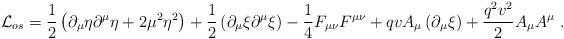
LaTeX: \begin{align*}\mathcal{L}_{os}=\frac{1}{2}\left( \partial _{\mu }\eta \partial ^{\mu }\eta+2\mu ^{2}\eta ^{2}\right) +\frac{1}{2}\left( \partial _{\mu }\xi \partial^{\mu }\xi \right) -\frac{1}{4}F_{\mu \nu }F^{\mu \nu }+qvA_{\mu }\left(\partial _{\mu }\xi \right) +\frac{q^{2}v^{2}}{2}A_{\mu }A^{\mu }~.\end{align*}